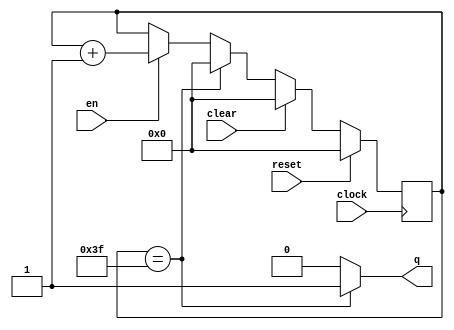
module counter2Re(reset,clock,en, q,clear);
	input clock;
	input en;
	input   reset;
	input clear;
	output  q;
	
	reg [5:0]q_dat;
	
	assign q = (q_dat==6'd63)?1:0;
	always @(posedge clock)
	if (reset) q_dat <= 6'd0;
	else begin
		if(clear)q_dat<=0;
		else if(q_dat==6'd63)
			q_dat <= 6'd0;
		else if (en)
			q_dat <= q_dat+ 6'd1;
	end
endmodule